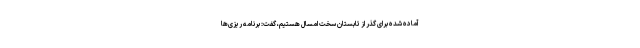
آماده شده برای گذر از تابستان سخت امسال هستیم، گفت: برنامه ریزی‌ها